Report on vaccination in Madras 1895-1903 - 1895-1903
Year: 1895
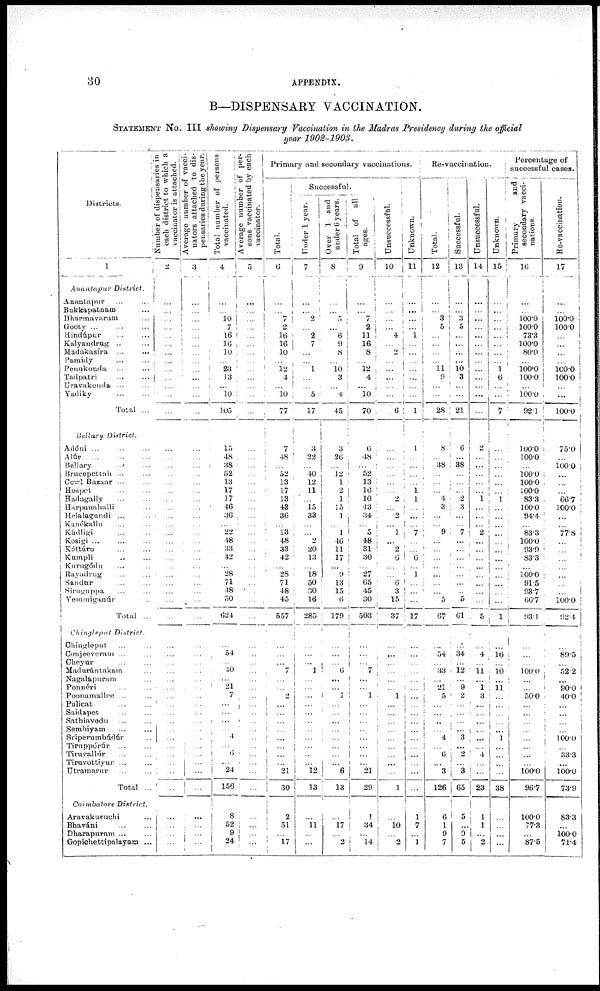
30
APPENDIX.
B—DISPENSARY VACCINATION.
STATEMENT NO. III showing Dispensary Vaccination in the Madras Presidency during the official
year 1902-1903.
Districts.
1
Anantapur
District.
Anantapur
...
...
Bukkapatnam ...
Dharmavaram ...
Gooty ... ... ...
Hindúpur ... ...
Kalyandrug ... ...
Madakasíra ... ...
Pamidy
...
...
Peunkonda ... ...
Tadpatri
...
...
Uravakonda ... ...
Yadiky
...
...
Total ...
Bellary
District.
Adóni ... ... ...
Alúr
...
...
...
Bellary ... ...
Brucepettah ... ...
Cowl Bazaar ... ...
Hospet ... ...
Hadagally ... ...
Harpanahalli ...
Helalagundi ... ...
Kanókallu ... ...
Kúdligi
...
...
Kosigi ... ... ...
Kóttúru ... ...
Kumpli ... ...
Kurngódu ... ...
Rayudrug ... ...
Sandur ... ...
Siruguppa ... ...
Yeminigauúr ...
Total ...
Chingleput
District.
Chingleput. ... ...
Conjeeveram ... ...
Cheyur ... ...
Madurántakatm ... ...
Nagalapuram ... ...
Ponnéri ... ...
Poonamallce ... ...
Pulicat ... ...
Saidapet ... ...
Sathiavedu ... ...
Sembiyam ... ...
Sríperumbúdúr ...
Timppórúr ... ...
Tiruvallúr ... ...
Tiruvottiyur ... ...
Utramarur ... ...
Total ...
Coimbatore
District.
Aravakurnchi ...
Bhaváni ... ...
Dharapuram ... ...
Gopichettipnlayam ...
Number of dispensaries in
each district to which a
vaccinator is attached.
2
...
...
...
...
...
...
...
...
...
...
...
...
...
...
...
...
...
...
...
...
...
...
...
...
...
...
...
...
...
...
...
...
...
...
...
...
...
...
...
...
...
...
...
...
...
...
...
...
...
...
...
...
...
...
Average number of vacci¬
nators attached to dis¬
pensaries during the year.
3
...
...
...
...
...
...
...
...
...
...
...
...
...
...
...
...
...
...
...
...
...
...
...
...
...
...
...
...
...
...
...
...
...
...
...
...
...
...
...
...
...
...
...
...
...
...
...
...
...
...
...
...
...
...
Total number of persons
vaccinated.
4
...
...
10
7
16
16
10
...
23
13
...
10
105
15
48
38
52
13
17
17
46
36
...
22
48
33
42
...
28
71
48
50
624
...
54
...
40
...
21
7
...
...
...
...
4
...
6
...
24
156
8
52
9
24
Average number of per¬
sons vaccinated by each
vaccinator.
5
...
...
...
...
...
...
...
...
...
...
...
...
...
...
...
...
...
...
...
...
...
...
...
...
...
...
...
...
...
...
...
...
...
...
...
...
...
...
...
...
...
...
...
...
...
...
...
...
...
...
...
...
...
...
Primary and secondary vaccinations.
Total.
6
...
...
7
2
16
16
10
...
12
4
...
10
77
7
48
...
52
13
17
13
43
36
...
13
48
33
42
...
28
71
48
45
557
...
...
...
7
...
...
2
...
...
...
...
...
...
...
...
21
30
2
51
...
17
Successful.
Under 1 year.
7
...
...
2
...
2
7
...
...
1
...
...
5
17
3
22
...
40
12
11
...
15
33
...
...
2
20
13
...
18
50
30
16
285
...
...
...
1
...
...
...
...
...
...
...
...
...
...
...
12
13
...
11
...
...
Over 1 and
under 6 years.
8
...
...
5
...
6
9
8
...
10 3
...
4
45
3
26
...
12
1
2
1
15
1
...
1
46
11
17
...
9
13
15
6
179
...
...
...
6
...
...
1
...
...
...
...
...
...
...
...
6
13
...
17
...
2
Total of
all
ages.
9
...
...
7
2
11
16
8
...
12
4
...
10
70
0
48
...
52
13
16 10
43
34
...
5
48
31
30
...
27
65
45
30
503
...
...
...
7
...
...
1
...
...
...
...
...
...
...
...
21
29
1
34
...
14
Unsuccessful.
10
...
...
...
...
4
...
2
...
...
...
...
...
6
...
...
...
...
...
...
2
...
2
...
1
...
2
6
...
...
6
3
15
37
...
...
...
...
...
...
1
...
...
...
...
...
...
...
...
...
1
...
10
...
2
Unknown.
11
...
...
...
...
1
...
...
...
...
...
...
...
1
1
...
...
...
...
1
1
...
...
...
7
...
...
0
...
1
...
...
...
17
...
...
...
...
...
...
...
...
...
...
...
...
...
...
...
...
...
1
7
...
1
Re-vaccination.
Total.
12
...
...
3 5
...
...
...
...
11
9
...
...
28
8
...
38
...
...
...
4
3
...
...
9
...
...
...
...
...
...
...
5
67
...
54
...
33
...
21
5
...
...
...
...
4
...
6
...
3
126
6
1
9
7
Successful.
13
...
...
3
5
...
...
...
...
10
3
...
...
21
6
...
38
...
...
...
2
3
...
...
7
...
...
...
...
...
...
...
5
61
...
34
...
12
...
9
2
...
...
...
...
3
...
2
...
3
65
5
...
9
5
Unsuccessful.
14
...
...
...
...
...
...
...
...
...
...
...
...
...
2
...
...
...
...
...
1
...
...
...
2
...
...
...
...
...
...
...
...
5
...
4
...
11
...
1
3
...
...
...
...
...
...
4
...
...
23
1
1
... 2
Unknown.
15
...
...
...
...
...
...
...
...
1
6
...
...
7
...
...
...
...
...
...
1
...
...
...
...
...
...
...
...
...
...
...
...
1
...
16
...
10
...
11
...
...
...
...
...
1
...
...
...
...
38
...
...
...
...
Percentage of
successful cases.
Primary
and
secondary vacci¬
nations.
16
...
...
100.0
100.0
73.3
100.0
80.0
...
100.0
100.0
...
100.0
92.1
100.0
100.0
...
100.0
100.0
100.0
83.3
100.0
94.4
...
83.3
100.0
93.9
83.3
...
100.0
91.5
93.7
66.7
93.1
...
...
...
100.0
...
...
50.0
...
...
...
...
...
...
...
...
100.0
96.7
100.0
77.3
...
87.5
Re-vaccination.
17
...
...
100.0
100.0
...
...
...
...
100.0
100.0
...
...
100.0
75.0
. ..
100.0
...
...
...
66.7
100.0
...
...
77.8
...
...
...
...
...
...
...
100.0
92.4
...
89.5
...
52.2
...
90.0
40.0
...
...
...
...
100.0
...
33.3
...
100.0
73.9
83.3
...
100.0
71.4